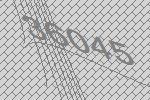
36045